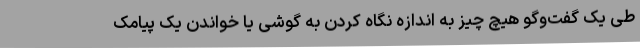
طی یک گفت‌وگو هیچ چیز به اندازه نگاه کردن به گوشی یا خواندن یک پیامک